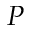
\boldsymbol { P }